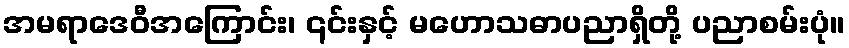
အမရာဒေဝီအကြောင်း၊ ၎င်းနှင့် မဟောသဓာပညာရှိတို့ ပညာစမ်းပုံ။